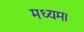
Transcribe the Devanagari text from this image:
मध्यम।